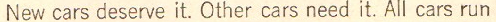
New cars deserve it. Other cars need it. All cars run